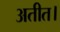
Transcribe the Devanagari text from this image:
अतीत।